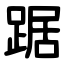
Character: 踞